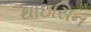
થાઇસિન